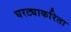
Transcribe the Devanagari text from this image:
घरट्याकरिता